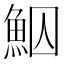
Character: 鮂